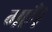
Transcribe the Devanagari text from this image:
गएँ।